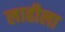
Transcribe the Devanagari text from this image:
लाहीला